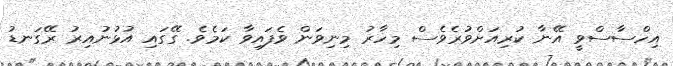
އިހްސާސްވީ އޭނާ ކުރިއަށްވުރެވެސް މިހާރު މިނިވަން ވެފައިވާ ކަމެވެ. ގޭގައި އުޅުނުއިރު ރޭގަނޑު